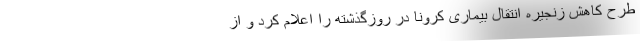
طرح کاهش زنجیره انتقال بیماری کرونا در روزگذشته را اعلام کرد و از